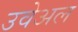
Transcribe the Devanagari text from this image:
उवेअल